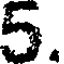
5.